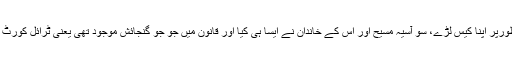
اسی لئے دوران کیس آسیہ مسیح کو پورا حق دیا گیا کہ وہ اپنی صفائی بیان کرے اور آزادانہ طورپر اپنا کیس لڑے، سو آسیہ مسیح اور اس کے خاندان نے ایسا ہی کیا اور قانون میں جو جو گنجائش موجود تھی یعنی ٹرائل کورٹ کے بعد ہائی سے اپیل اور ہائی کورٹ سے اپیل مسترد ہونے کے بعد سپریم کورٹ سے اپیل۔